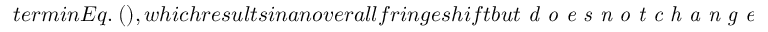
t e r m i n E q . \ ( ) , w h i c h r e s u l t s i n a n o v e r a l l f r i n g e s h i f t b u t \emph { d o e s n o t c h a n g e } t h e p e r i o d i c i t y o f t h e o s c i l l a t i o n s a s a f u n c t i o n o f